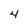
Character: 4